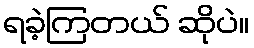
ရခဲ့ကြတယ် ဆိုပဲ။